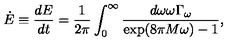
\dot { E } \equiv { \frac { d E } { d t } } = { \frac { 1 } { 2 \pi } } \int _ { 0 } ^ { \infty } { \frac { d \omega \omega \Gamma _ { \omega } } { \exp ( 8 \pi M \omega ) - 1 } } ,